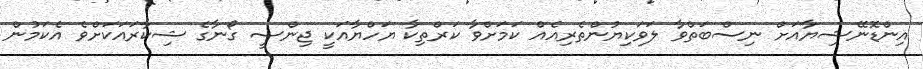
އިންޑޮނޭޝިޔާއަށް ނިސްބަތްވާ ލަވަކިޔުންތެރިއެއް ކަމަށްވާ ކަރްތިކާ ޔަހްޔާއަކީ ޖިންސީ ގޯނާގެ ޝިކާރައަކަށްވެ އެކަމުން